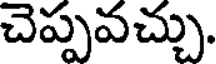
చెప్పవచ్చు.